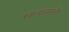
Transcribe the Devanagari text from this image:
खालावायची